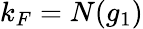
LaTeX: k_{F}=N(g_{1})